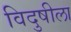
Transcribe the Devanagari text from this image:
विदुषीला